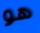
هو